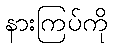
နားကြပ်ကို